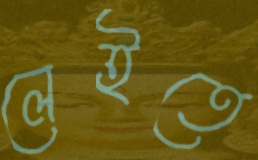
লেইতে